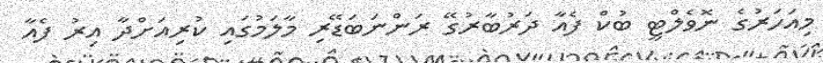
މިއަހަރުގެ ނޮވެލްޓީ ބުކް ފެއާ ދަރުބާރުގޭ ރަންނަބަޑޭރި މާލަމުގައި ކުރިއަށްދާ އިރު ފެއާ